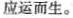
应运而生。